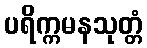
ပရိက္ကမနသုတ္တံ